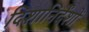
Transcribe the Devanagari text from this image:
दिशानिर्देंशों